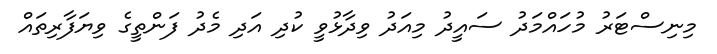
މިނިސްޓަރު މުހައްމަދު ސައީދު މިއަދު ވިދާޅުވީ ކުދި އަދި މެދު ފަންތީގެ ވިޔަފާރިތައް